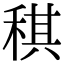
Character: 稘